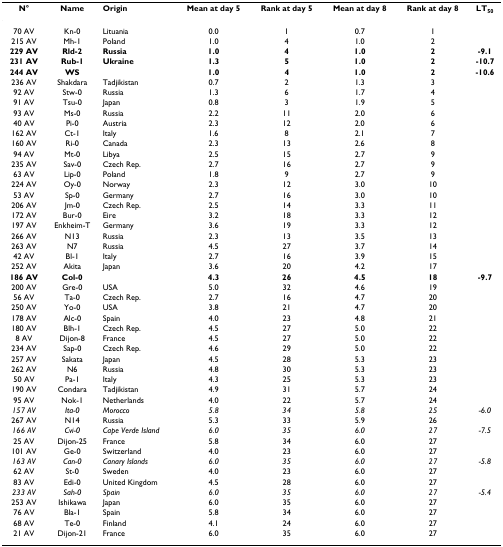
<table><thead><tr><td><b>N°</b></td><td><b>Name</b></td><td><b>Origin</b></td><td><b>Mean at day 5</b></td><td><b>Rank at day 5</b></td><td><b>Mean at day 8</b></td><td><b>Rank at day 8</b></td><td><b>LT<sub>50</sub></b></td></tr></thead><tbody><tr><td>70 AV</td><td>Kn-0</td><td>Lituania</td><td>0.0</td><td>1</td><td>0.7</td><td>1</td><td></td></tr><tr><td>215 AV</td><td>Mh-1</td><td>Poland</td><td>1.0</td><td>4</td><td>1.0</td><td>2</td><td></td></tr><tr><td><b>229 AV</b></td><td><b>Rld-2</b></td><td><b>Russia</b></td><td><b>1.0</b></td><td><b>4</b></td><td><b>1.0</b></td><td><b>2</b></td><td><b>-9.1</b></td></tr><tr><td><b>231 AV</b></td><td><b>Rub-1</b></td><td><b>Ukraine</b></td><td><b>1.3</b></td><td><b>5</b></td><td><b>1.0</b></td><td><b>2</b></td><td><b>-10.7</b></td></tr><tr><td><b>244 AV</b></td><td><b>WS</b></td><td></td><td><b>1.0</b></td><td><b>4</b></td><td><b>1.0</b></td><td><b>2</b></td><td><b>-10.6</b></td></tr><tr><td>236 AV</td><td>Shakdara</td><td>Tadjikistan</td><td>0.7</td><td>2</td><td>1.3</td><td>3</td><td></td></tr><tr><td>92 AV</td><td>Stw-0</td><td>Russia</td><td>1.3</td><td>6</td><td>1.7</td><td>4</td><td></td></tr><tr><td>91 AV</td><td>Tsu-0</td><td>Japan</td><td>0.8</td><td>3</td><td>1.9</td><td>5</td><td></td></tr><tr><td>93 AV</td><td>Ms-0</td><td>Russia</td><td>2.2</td><td>11</td><td>2.0</td><td>6</td><td></td></tr><tr><td>40 AV</td><td>Pi-0</td><td>Austria</td><td>2.3</td><td>12</td><td>2.0</td><td>6</td><td></td></tr><tr><td>162 AV</td><td>Ct-1</td><td>Italy</td><td>1.6</td><td>8</td><td>2.1</td><td>7</td><td></td></tr><tr><td>160 AV</td><td>Ri-0</td><td>Canada</td><td>2.3</td><td>13</td><td>2.6</td><td>8</td><td></td></tr><tr><td>94 AV</td><td>Mt-0</td><td>Libya</td><td>2.5</td><td>15</td><td>2.7</td><td>9</td><td></td></tr><tr><td>235 AV</td><td>Sav-0</td><td>Czech Rep.</td><td>2.7</td><td>16</td><td>2.7</td><td>9</td><td></td></tr><tr><td>63 AV</td><td>Lip-0</td><td>Poland</td><td>1.8</td><td>9</td><td>2.7</td><td>9</td><td></td></tr><tr><td>224 AV</td><td>Oy-0</td><td>Norway</td><td>2.3</td><td>12</td><td>3.0</td><td>10</td><td></td></tr><tr><td>53 AV</td><td>Sp-0</td><td>Germany</td><td>2.7</td><td>16</td><td>3.0</td><td>10</td><td></td></tr><tr><td>206 AV</td><td>Jm-0</td><td>Czech Rep.</td><td>2.5</td><td>14</td><td>3.3</td><td>11</td><td></td></tr><tr><td>172 AV</td><td>Bur-0</td><td>Eire</td><td>3.2</td><td>18</td><td>3.3</td><td>12</td><td></td></tr><tr><td>197 AV</td><td>Enkheim-T</td><td>Germany</td><td>3.6</td><td>19</td><td>3.3</td><td>12</td><td></td></tr><tr><td>266 AV</td><td>N13</td><td>Russia</td><td>2.3</td><td>13</td><td>3.5</td><td>13</td><td></td></tr><tr><td>263 AV</td><td>N7</td><td>Russia</td><td>4.5</td><td>27</td><td>3.7</td><td>14</td><td></td></tr><tr><td>42 AV</td><td>Bl-1</td><td>Italy</td><td>2.7</td><td>16</td><td>3.9</td><td>15</td><td></td></tr><tr><td>252 AV</td><td>Akita</td><td>Japan</td><td>3.6</td><td>20</td><td>4.2</td><td>17</td><td></td></tr><tr><td><b>186 AV</b></td><td><b>Col-0</b></td><td></td><td><b>4.3</b></td><td><b>26</b></td><td><b>4.5</b></td><td><b>18</b></td><td><b>-9.7</b></td></tr><tr><td>200 AV</td><td>Gre-0</td><td>USA</td><td>5.0</td><td>32</td><td>4.6</td><td>19</td><td></td></tr><tr><td>56 AV</td><td>Ta-0</td><td>Czech Rep.</td><td>2.7</td><td>16</td><td>4.7</td><td>20</td><td></td></tr><tr><td>250 AV</td><td>Yo-0</td><td>USA</td><td>3.8</td><td>21</td><td>4.7</td><td>20</td><td></td></tr><tr><td>178 AV</td><td>Alc-0</td><td>Spain</td><td>4.0</td><td>23</td><td>4.8</td><td>21</td><td></td></tr><tr><td>180 AV</td><td>Blh-1</td><td>Czech Rep.</td><td>4.5</td><td>27</td><td>5.0</td><td>22</td><td></td></tr><tr><td>8 AV</td><td>Dijon-8</td><td>France</td><td>4.5</td><td>27</td><td>5.0</td><td>22</td><td></td></tr><tr><td>234 AV</td><td>Sap-0</td><td>Czech Rep.</td><td>4.6</td><td>29</td><td>5.0</td><td>22</td><td></td></tr><tr><td>257 AV</td><td>Sakata</td><td>Japan</td><td>4.5</td><td>28</td><td>5.3</td><td>23</td><td></td></tr><tr><td>262 AV</td><td>N6</td><td>Russia</td><td>4.8</td><td>30</td><td>5.3</td><td>23</td><td></td></tr><tr><td>50 AV</td><td>Pa-1</td><td>Italy</td><td>4.3</td><td>25</td><td>5.3</td><td>23</td><td></td></tr><tr><td>190 AV</td><td>Condara</td><td>Tadjikistan</td><td>4.9</td><td>31</td><td>5.7</td><td>24</td><td></td></tr><tr><td>95 AV</td><td>Nok-1</td><td>Netherlands</td><td>4.0</td><td>22</td><td>5.7</td><td>24</td><td></td></tr><tr><td><i>157 AV</i></td><td><i>Ita-0</i></td><td><i>Morocco</i></td><td><i>5.8</i></td><td><i>34</i></td><td><i>5.8</i></td><td><i>25</i></td><td><i>-6.0</i></td></tr><tr><td>267 AV</td><td>N14</td><td>Russia</td><td>5.3</td><td>33</td><td>5.9</td><td>26</td><td></td></tr><tr><td><i>166 AV</i></td><td><i>Cvi-0</i></td><td><i>Cape Verde Island</i></td><td><i>6.0</i></td><td><i>35</i></td><td><i>6.0</i></td><td><i>27</i></td><td><i>-7.5</i></td></tr><tr><td>25 AV</td><td>Dijon-25</td><td>France</td><td>5.8</td><td>34</td><td>6.0</td><td>27</td><td></td></tr><tr><td>101 AV</td><td>Ge-0</td><td>Switzerland</td><td>4.0</td><td>23</td><td>6.0</td><td>27</td><td></td></tr><tr><td><i>163 AV</i></td><td><i>Can-0</i></td><td><i>Canary Islands</i></td><td><i>6.0</i></td><td><i>35</i></td><td><i>6.0</i></td><td><i>27</i></td><td><i>-5.8</i></td></tr><tr><td>62 AV</td><td>St-0</td><td>Sweden</td><td>4.0</td><td>23</td><td>6.0</td><td>27</td><td></td></tr><tr><td>83 AV</td><td>Edi-0</td><td>United Kingdom</td><td>4.5</td><td>28</td><td>6.0</td><td>27</td><td></td></tr><tr><td><i>233 AV</i></td><td><i>Sah-0</i></td><td><i>Spain</i></td><td><i>6.0</i></td><td><i>35</i></td><td><i>6.0</i></td><td><i>27</i></td><td><i>-5.4</i></td></tr><tr><td>253 AV</td><td>Ishikawa</td><td>Japan</td><td>6.0</td><td>35</td><td>6.0</td><td>27</td><td></td></tr><tr><td>76 AV</td><td>Bla-1</td><td>Spain</td><td>5.8</td><td>34</td><td>6.0</td><td>27</td><td></td></tr><tr><td>68 AV</td><td>Te-0</td><td>Finland</td><td>4.1</td><td>24</td><td>6.0</td><td>27</td><td></td></tr><tr><td>21 AV</td><td>Dijon-21</td><td>France</td><td>6.0</td><td>35</td><td>6.0</td><td>27</td><td></td></tr></tbody></table>